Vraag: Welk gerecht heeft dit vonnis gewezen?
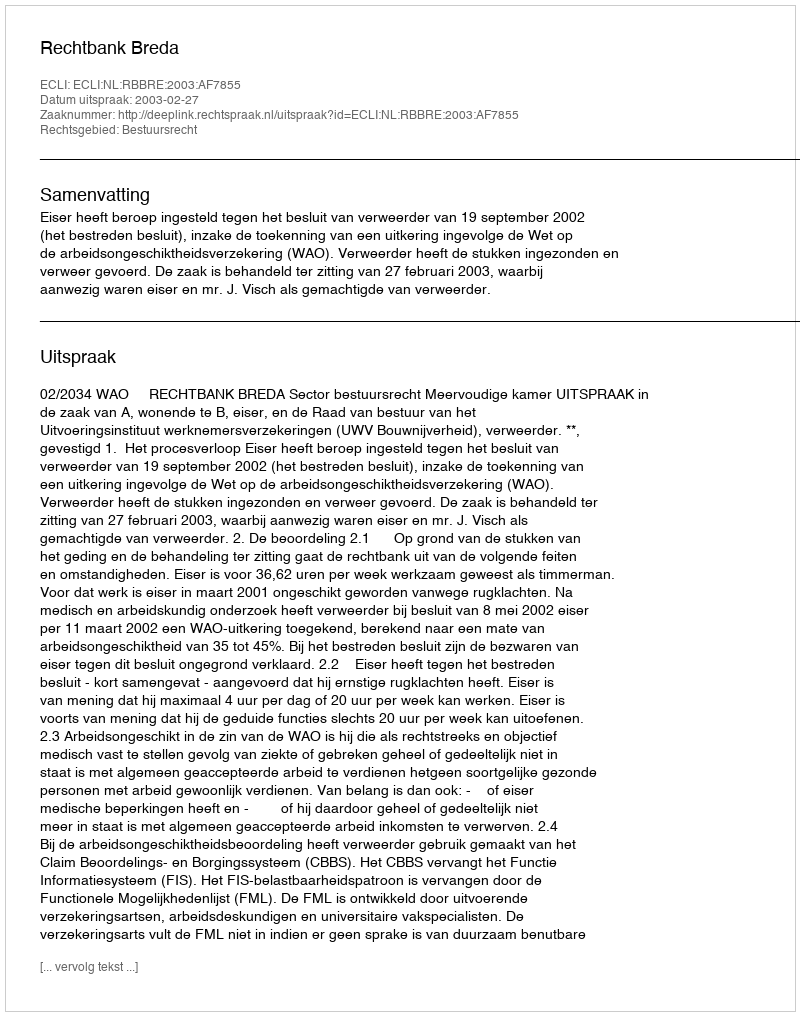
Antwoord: Rechtbank Breda